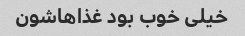
خیلی خوب بود غذاهاشون